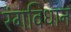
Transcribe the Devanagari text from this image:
रंगविधान